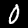
Label: 0